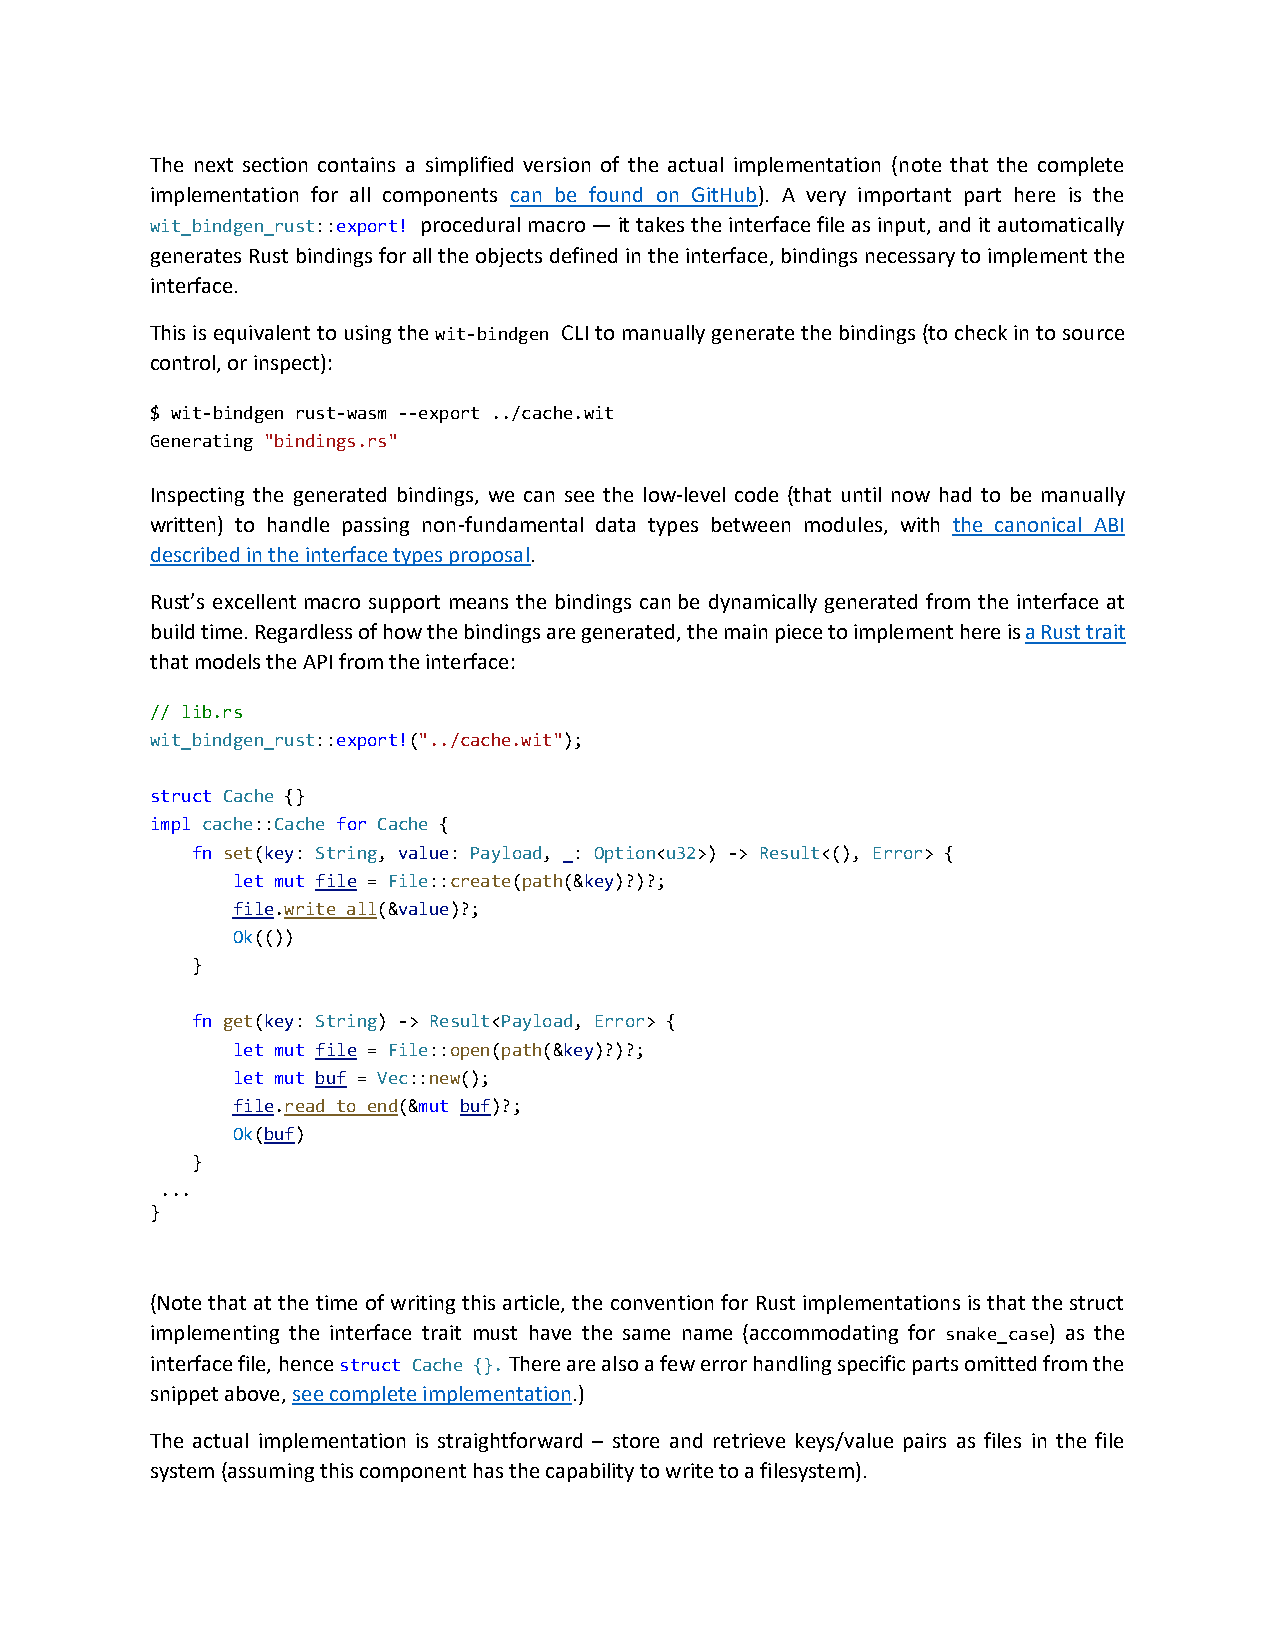
The next section contains a simplified version of the actual implementation (note that the complete
 implementation for all components can be found on GitHub). A very important part here is the
 wit_bindgen_rust::export! procedural macro — it takes the interface file as input, and it automatically
 generates Rust bindings for all the objects defined in the interface, bindings necessary to implement the
 interface.
 This is equivalent to using the wit-bindgen CLI to manually generate the bindings (to check in to source
 control, or inspect):
 $ wit-bindgen rust-wasm --export ../cache.wit
 Generating "bindings.rs"
 Inspecting the generated bindings, we can see the low-level code (that until now had to be manually
 written) to handle passing non-fundamental data types between modules, with the canonical ABI
 described in the interface types proposal.
 Rust’s excellent macro support means the bindings can be dynamically generated from the interface at
 build time. Regardless of how the bindings are generated, the main piece to implement here is a Rust trait
 that models the API from the interface:
 // lib.rs
 wit_bindgen_rust::export!("../cache.wit");
 struct Cache {}
 impl cache::Cache for Cache {
 fn set(key: String, value: Payload, _: Option<u32>) -> Result<(), Error> {
 let mut file = File::create(path(&key)?)?;
 file.write_all(&value)?;
 Ok(())
 }
 fn get(key: String) -> Result<Payload, Error> {
 let mut file = File::open(path(&key)?)?;
 let mut buf = Vec::new();
 file.read_to_end(&mut buf)?;
 Ok(buf)
 }
 ...
 }
 (Note that at the time of writing this article, the convention for Rust implementations is that the struct
 implementing the interface trait must have the same name (accommodating for snake_case) as the
 interface file, hence struct Cache {}. There are also a few error handling specific parts omitted from the
 snippet above, see complete implementation.)
 The actual implementation is straightforward – store and retrieve keys/value pairs as files in the file
 system (assuming this component has the capability to write to a filesystem).